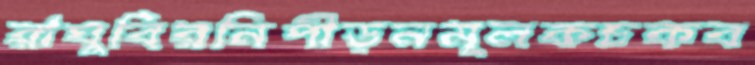
রাঘুবিরনিপীড়নমূলকচকব